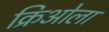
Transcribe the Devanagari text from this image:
क्रिओला